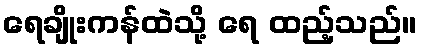
ရေချိုးကန်ထဲသို့ ရေ ထည့်သည်။